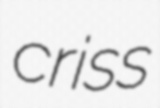
criss